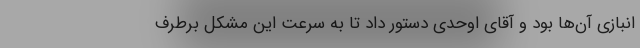
انبازی آن‌ها بود و آقای اوحدی دستور داد تا به سرعت این مشکل برطرف